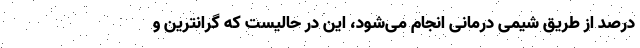
درصد از طریق شیمی درمانی انجام می‌شود، این در حالیست که گرانترین و